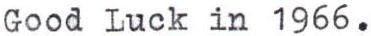
Good Luck in 1966.